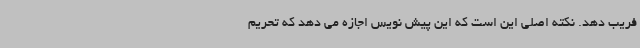
فریب دهد. نکته اصلی این است که این پیش نویس اجازه می دهد که تحریم